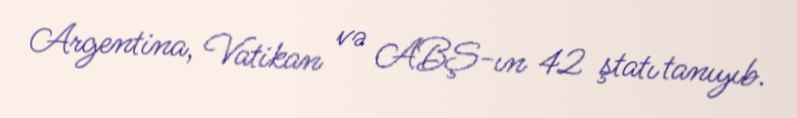
Argentina, Vatikan və ABŞ-ın 42 ştatı tanıyıb.